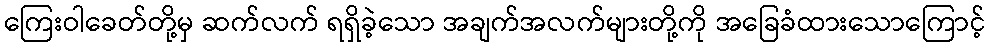
ကြေးဝါခေတ်တို့မှ ဆက်လက် ရရှိခဲ့သော အချက်အလက်များတို့ကို အခြေခံထားသောကြောင့်